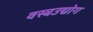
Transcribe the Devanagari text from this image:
वस्त्रउद्योग